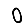
Digit: 0